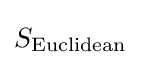
S_{\mathrm {Euclidean} }